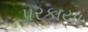
પરકાયા